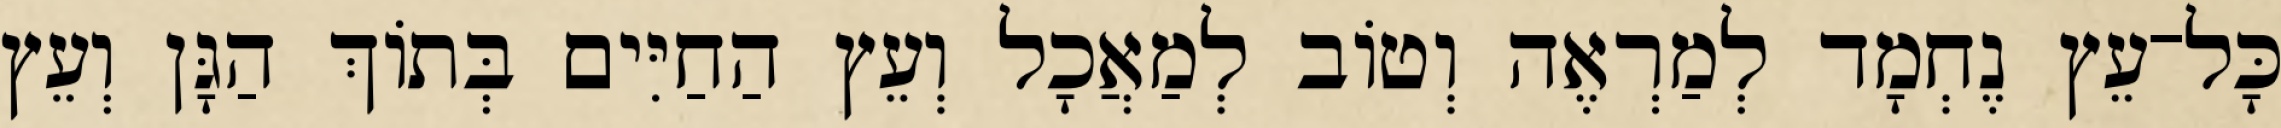
כָּל־עֵץ נֶחְמָד לְמַרְאֶה וְטֹוב לְמַאֲכָל וְעֵץ הַחַיִּים בְּתֹוךְ הַגָּן וְעֵץ